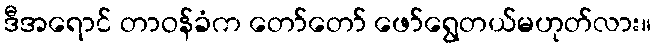
ဒီအရောင် တာဝန်ခံက တော်တော် ဖော်ရွေတယ်မဟုတ်လား။